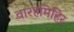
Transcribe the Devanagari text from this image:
वारहमिहिर